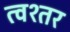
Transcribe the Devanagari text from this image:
त्वश्तर